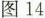
图14